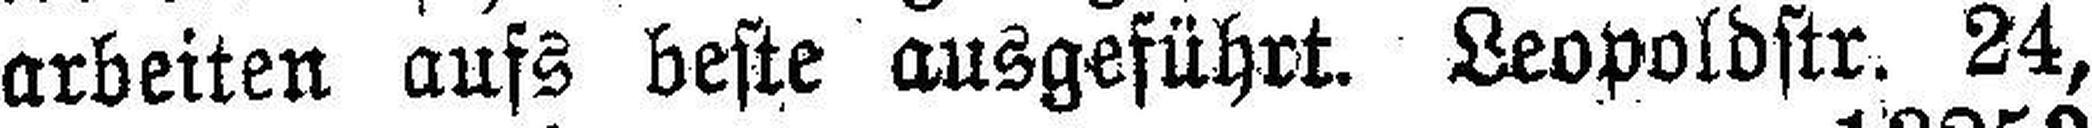
arbeiten aufs beste ausgeführt. Leopoldstr. 24,